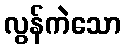
လွန်ကဲသော